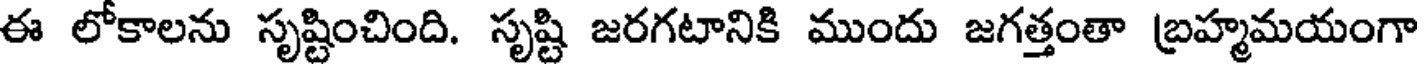
ఈ లోకాలను సృష్టించింది. సృష్టి జరగటానికి ముందు జగత్తంతా బ్రహ్మమయంగా